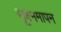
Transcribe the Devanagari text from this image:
सूक्ष्ममापन